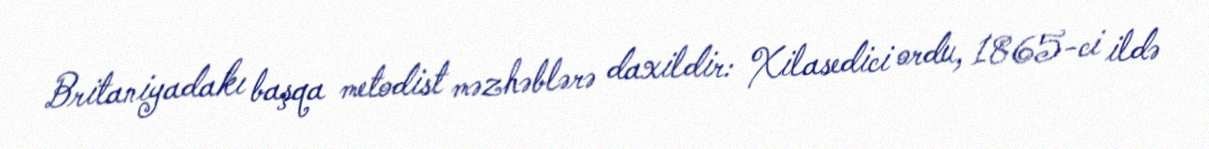
Britaniyadakı başqa metodist məzhəblərə daxildir: Xilasedici ordu, 1865-ci ildə